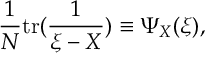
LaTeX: { \frac { 1 } { N } } \mathrm { { t r } } ( { \frac { 1 } { \xi - X } } ) \equiv \Psi _ { X } ( \xi ) ,